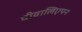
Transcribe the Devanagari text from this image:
दीवालिएपन